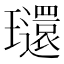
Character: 𤫐